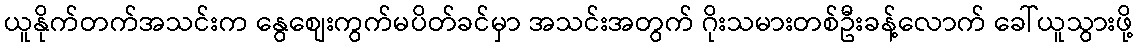
ယူနိုက်တက်အသင်းက နွေစျေးကွက်မပိတ်ခင်မှာ အသင်းအတွက် ဂိုးသမားတစ်ဦးခန့်လောက် ခေါ်ယူသွားဖို့